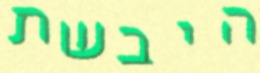
היבשת